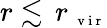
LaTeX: r\lesssim\, r_{\mathrm{~\scriptsize~v~i~r~}}